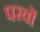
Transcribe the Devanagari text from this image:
परवों